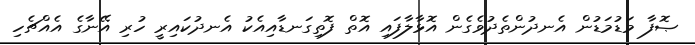
ޞޮފާ މަޑުމަޑުން އެނދުންތެދުވެގެން އޮޅާލާފައި އޮތް ފޮތިގަނޑާއިއެކު އެނދުކައިރީ ހުރި އޭނާގެ އެއްޗެހި